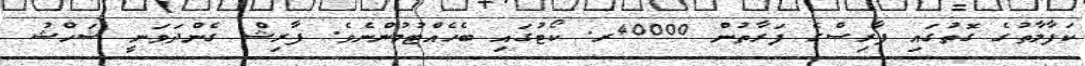
ކަފާލާތުގެ ގޮތުގައި ފާރިސްގެ ފަރާތުން 40000ރ. ކޯޓުގައި ބެހެއްޓުމުންނެވެ. ފާރިޝް ގެންދަވަނީ ޝަހްޝު